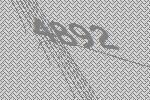
4892